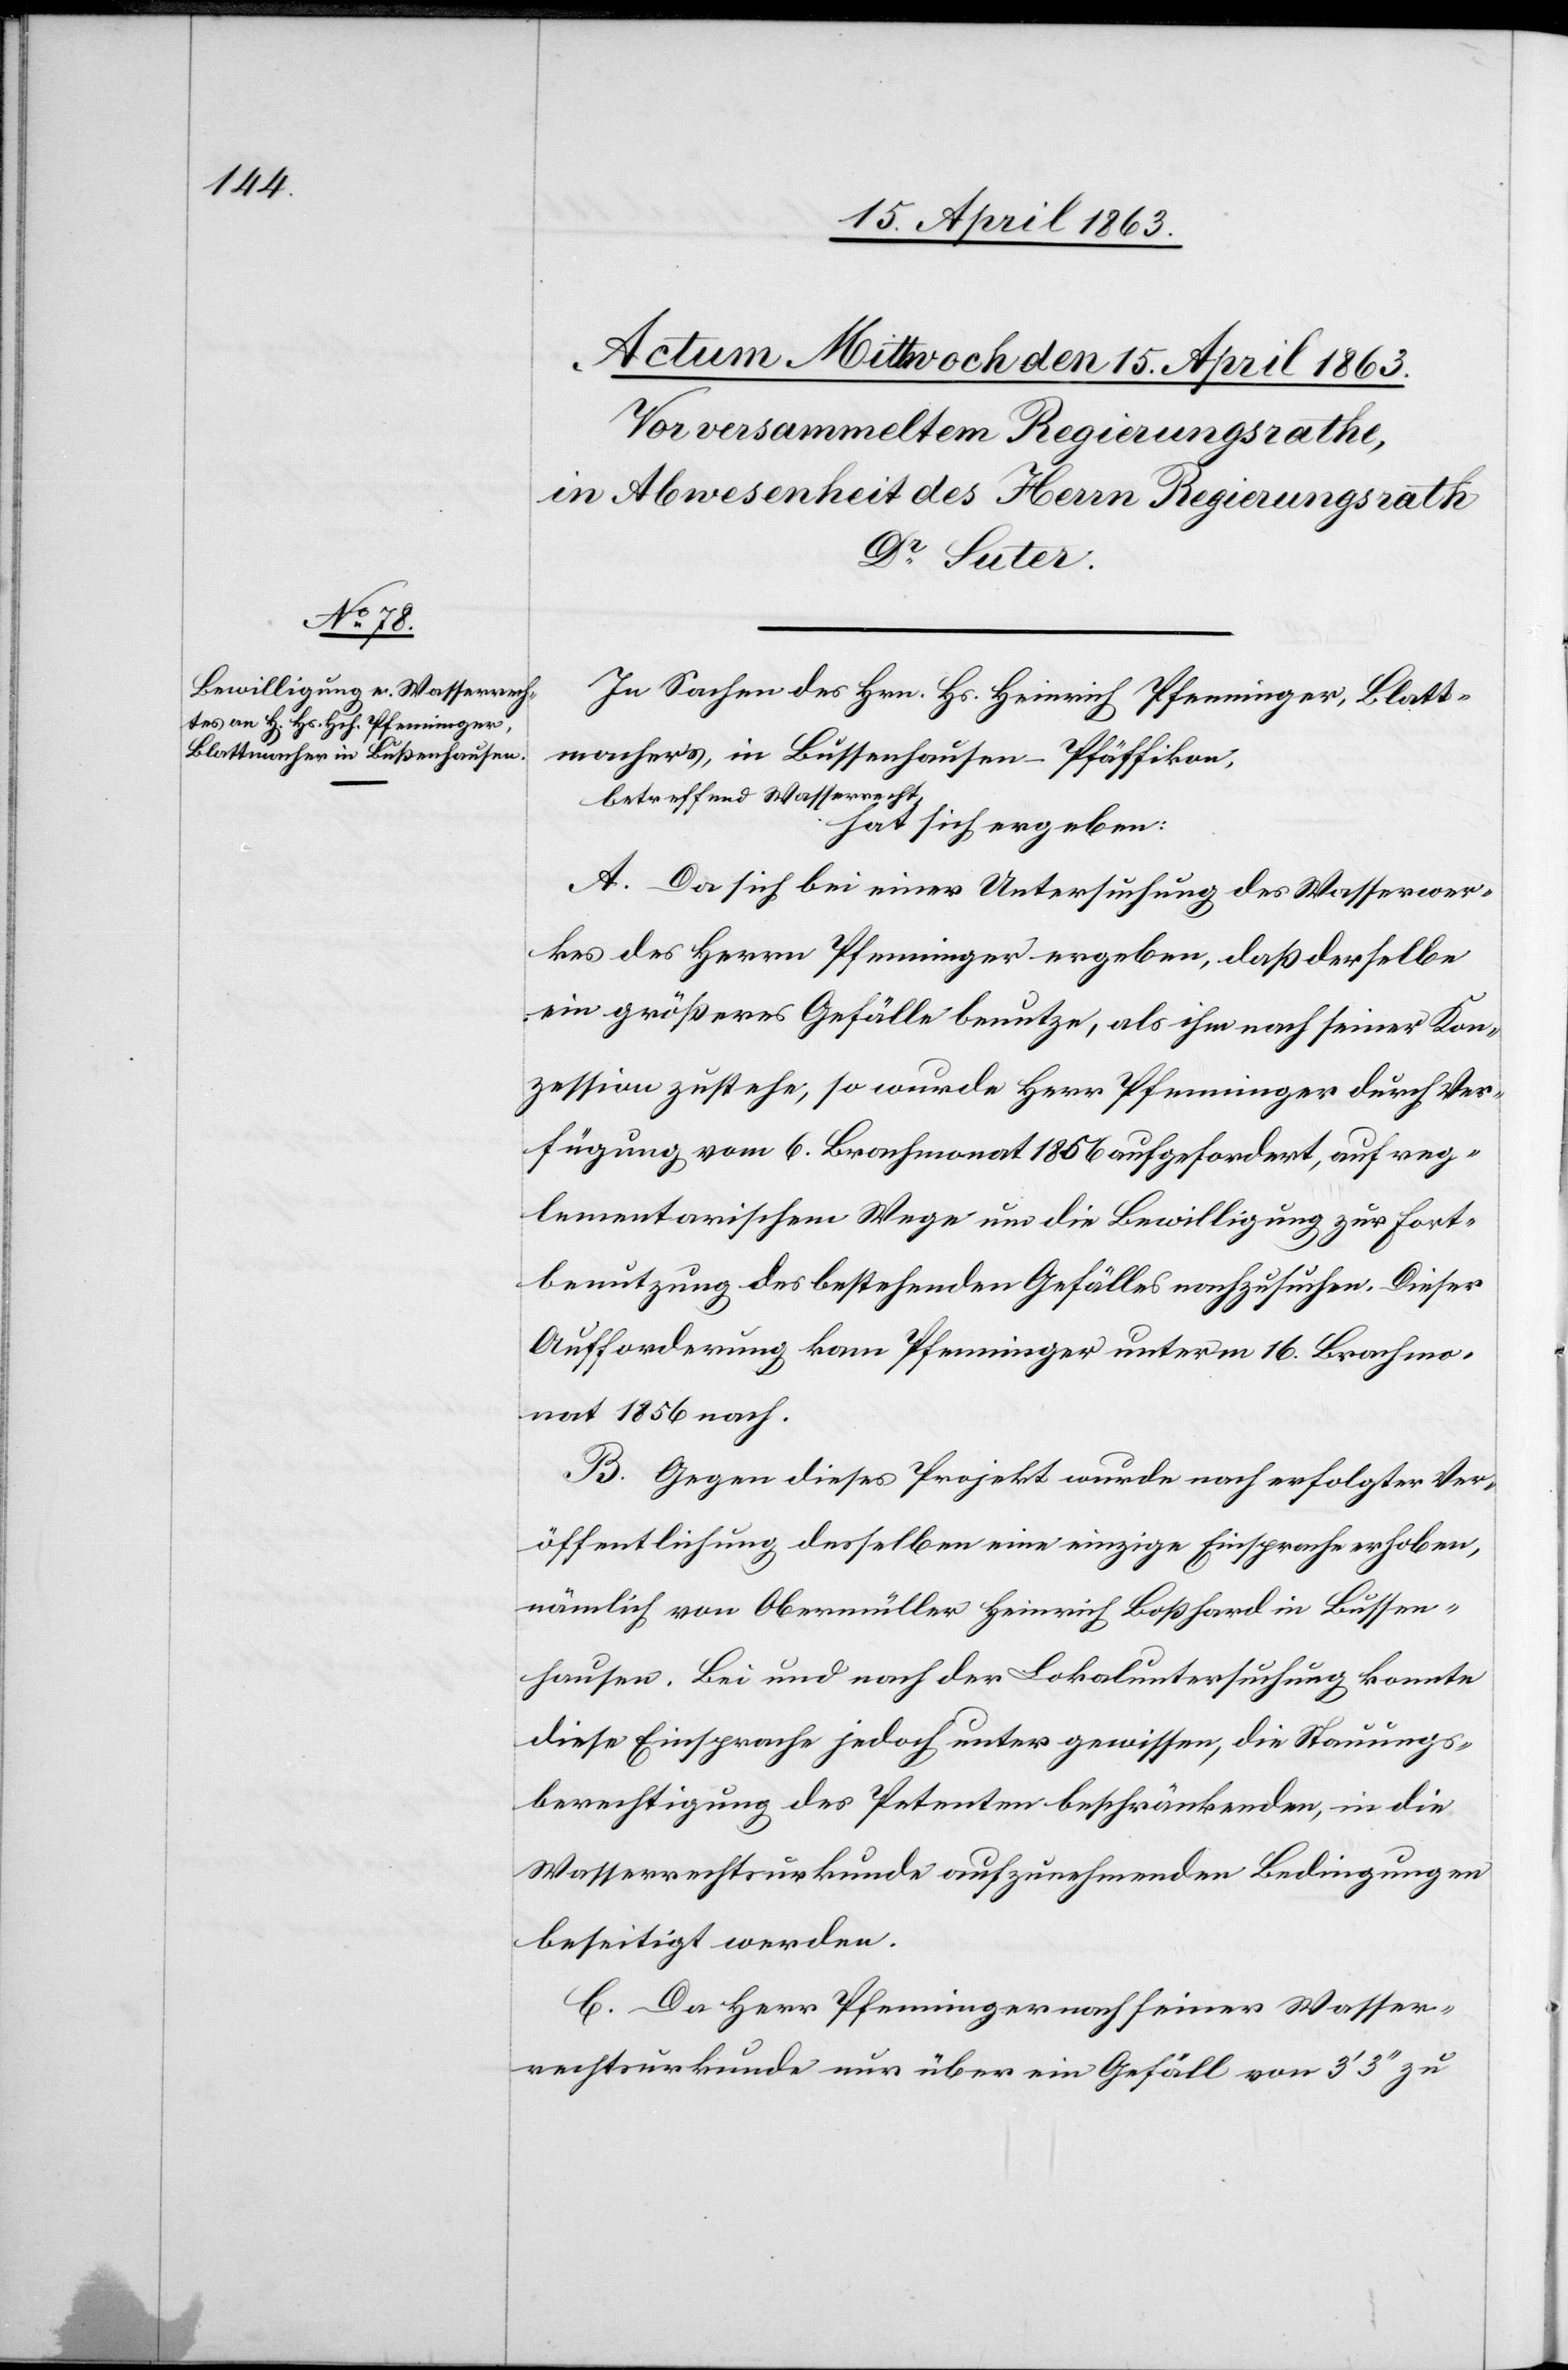
In Sachen des Hrn. Hs. Heinrich Pfenninger, Blatt¬
machers, in Bussenhausen [sic!] – Pfäffikon,
a-betreffend Wasserrecht,-a
hat sich ergeben:
A. Da sich bei einer Untersuchung des Wasserwer¬
kes des Herrn Pfenninger ergeben, daß derselbe
ein größeres Gefälle benutze, als ihm nach seiner Kon¬
zession zustehe, so wurde Herr Pfenninger durch Ver¬
fügung vom 6. Brachmonat 1856 aufgefordert, auf reg¬
lementarischem Wege um die Bewilligung zur Fort¬
benutzung des bestehenden Gefälles nachzusuchen. Dieser
Aufforderung kam Pfenninger unterm 16. Brachmo¬
nat 1856 nach.
B. Gegen dieses Projekt wurde nach erfolgter Ver¬
öffentlichung desselben eine einzige Einsprache erhoben,
nämlich von Obermüller Heinrich Boßhard in Bussen¬
hausen. Bei und nach der Lokaluntersuchung konnte
diese Einsprache jedoch unter gewissen, die Stauungs¬
berechtigung des Petenten beschränkenden, in die
Wasserrechtsurkunde aufzunehmenden Bedingungen
beseitigt werden.
C. Da Herr Pfenninger nach seiner Wasser¬
rechtsurkunde nur über ein Gefäll von 3' 3'' zu